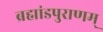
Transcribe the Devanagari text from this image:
ब्रह्मांडपुराणम्